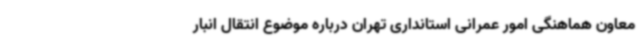
معاون هماهنگی امور عمرانی استانداری تهران درباره موضوع انتقال انبار